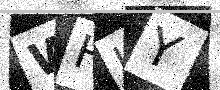
Text: WHJY